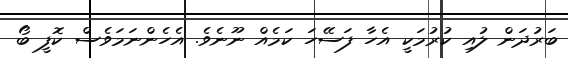
ބަރުދަން ލުއި ކުރުމަކީ އެހާ ފަސޭހަ ކަމެއް ނޫނެވެ. އެހެންނަމަވެސް ކޮފީ ބޯ